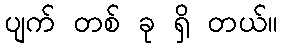
ပျက် တစ် ခု ရှိ တယ်။